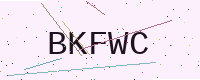
Text: BKFWC